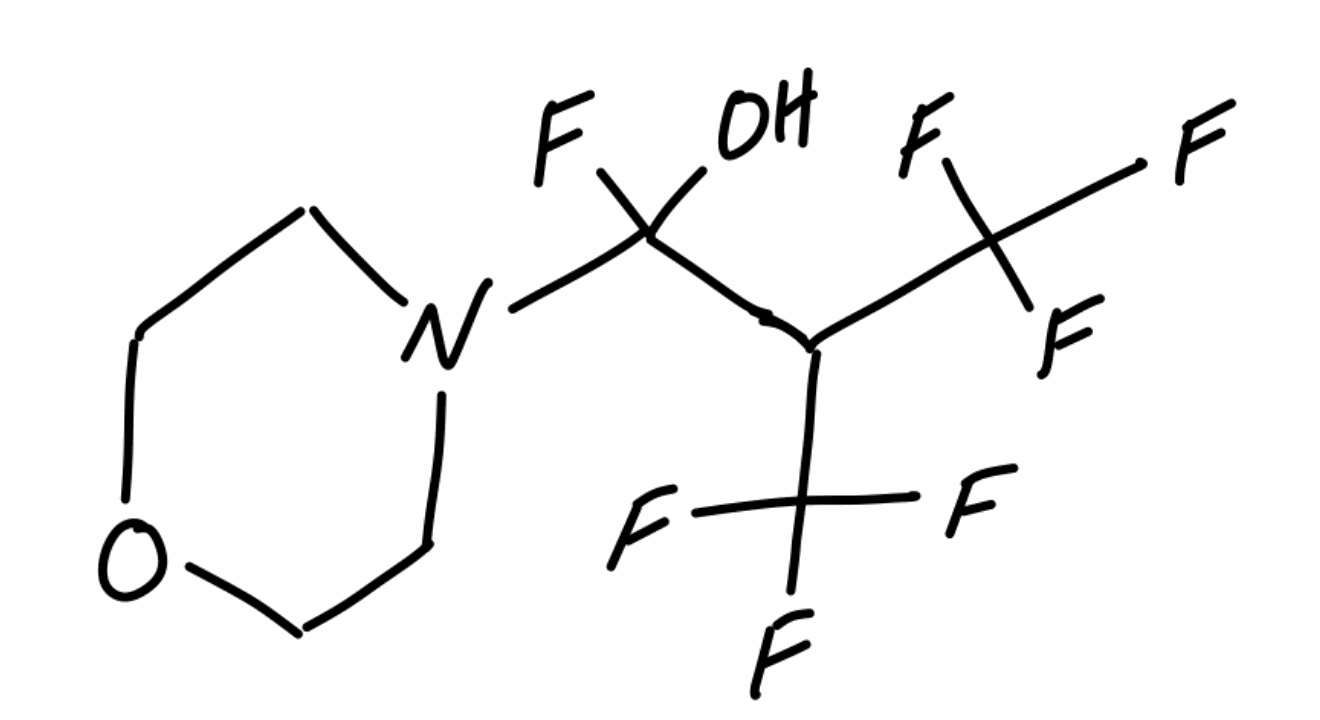
Simplified molecular-input line-entry system (SMILES) notation of the given molecule:
C1COCCN1C(C(C(F)(F)F)C(F)(F)F)(O)F